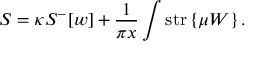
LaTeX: S = \kappa { \cal S } ^ { - } [ w ] + \frac { 1 } { \pi x } \int \mathrm { s t r } \left\{ \mu W \right\} .